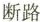
断路